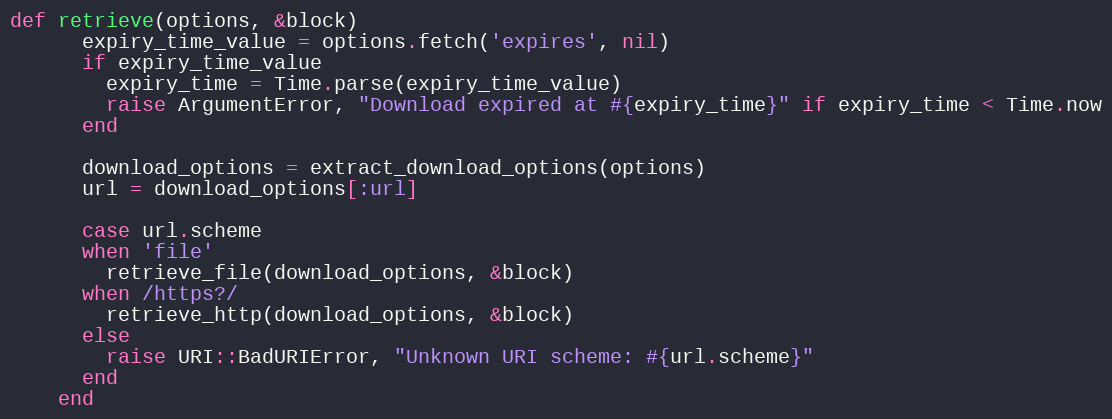
Language: Ruby
def retrieve(options, &block)
      expiry_time_value = options.fetch('expires', nil)
      if expiry_time_value
        expiry_time = Time.parse(expiry_time_value)
        raise ArgumentError, "Download expired at #{expiry_time}" if expiry_time < Time.now
      end

      download_options = extract_download_options(options)
      url = download_options[:url]

      case url.scheme
      when 'file'
        retrieve_file(download_options, &block)
      when /https?/
        retrieve_http(download_options, &block)
      else
        raise URI::BadURIError, "Unknown URI scheme: #{url.scheme}"
      end
    end